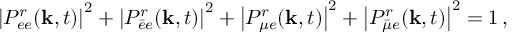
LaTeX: \left| { \cal P } _ { e e } ^ { r } ( { \bf k } , t ) \right| ^ { 2 } + \left| { \cal P } _ { \bar { e } e } ^ { r } ( { \bf k } , t ) \right| ^ { 2 } + \left| { \cal P } _ { \mu e } ^ { r } ( { \bf k } , t ) \right| ^ { 2 } + \left| { \cal P } _ { \bar { \mu } e } ^ { r } ( { \bf k } , t ) \right| ^ { 2 } = 1 \, ,